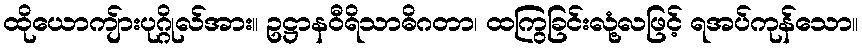
ထိုယောကျ်ားပုဂ္ဂိုလ်အား။ ဥဋ္ဌာနဝီရိသာဓိဂတာ၊ ထကြွခြင်းလုံ့လဖြင့် ရအပ်ကုန်သော။